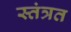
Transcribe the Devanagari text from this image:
स्‍तंत्रत